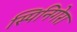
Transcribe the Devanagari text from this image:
स्पिनिगेरा